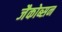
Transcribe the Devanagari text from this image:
जैकोब्सन